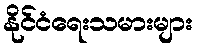
နိုင်ငံရေးသမားများ